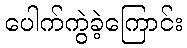
ပေါက်ကွဲခဲ့ကြောင်း